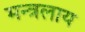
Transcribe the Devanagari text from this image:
मन्त्रलाय